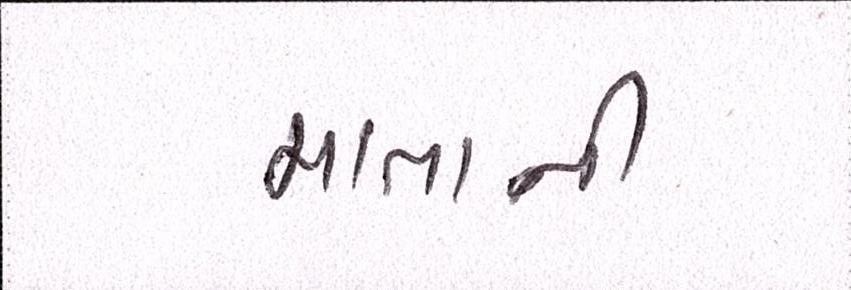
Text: માતાની